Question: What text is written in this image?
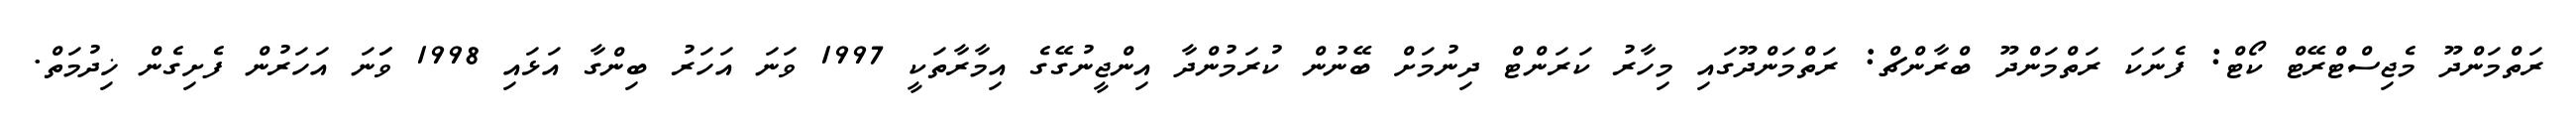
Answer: ރަތްމަންދޫ މެޖިސްޓްރޭޓް ކޯޓް: ފެނަކަ ރަތްމަންދޫ ބްރާންޗް: ރަތްމަންދޫގައި މިހާރު ކަރަންޓް ދިނުމަށް ބޭނުން ކުރަމުންދާ އިންޖީނުގޭގެ އިމާރާތަކީ 1997 ވަނަ އަހަރު ބިންގާ އަޅައި 1998 ވަަނަ އަހަރުން ފެށިގެން ޚިދުމަތް.